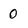
Character: 0